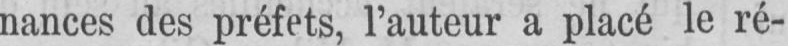
nances des préfets, l’auteur a placé le ré-